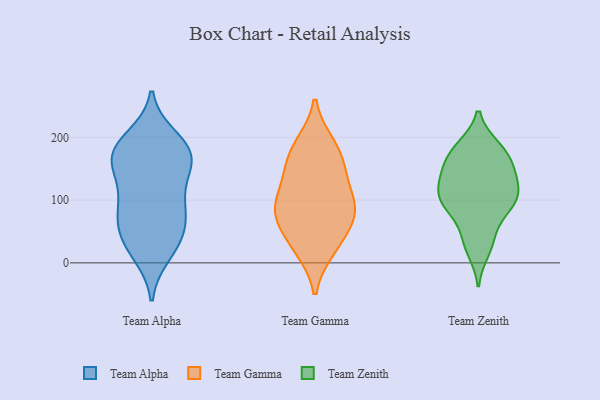
{"axis": {"x": "Customer Acquisition Cost (USD)", "y": "Value"}, "legend": ["Team Alpha", "Team Gamma", "Team Zenith"], "data": [{"x": "", "y": 31, "type": "Team Alpha"}, {"x": "", "y": 49, "type": "Team Alpha"}, {"x": "", "y": 60, "type": "Team Alpha"}, {"x": "", "y": 86, "type": "Team Alpha"}, {"x": "", "y": 180, "type": "Team Alpha"}, {"x": "", "y": 14, "type": "Team Alpha"}, {"x": "", "y": 151, "type": "Team Alpha"}, {"x": "", "y": 174, "type": "Team Alpha"}, {"x": "", "y": 26, "type": "Team Alpha"}, {"x": "", "y": 92, "type": "Team Alpha"}, {"x": "", "y": 74, "type": "Team Alpha"}, {"x": "", "y": 168, "type": "Team Alpha"}, {"x": "", "y": 181, "type": "Team Alpha"}, {"x": "", "y": 138, "type": "Team Alpha"}, {"x": "", "y": 98, "type": "Team Alpha"}, {"x": "", "y": 199, "type": "Team Alpha"}, {"x": "", "y": 147, "type": "Team Alpha"}, {"x": "", "y": 185, "type": "Team Alpha"}, {"x": "", "y": 185, "type": "Team Gamma"}, {"x": "", "y": 144, "type": "Team Gamma"}, {"x": "", "y": 160, "type": "Team Gamma"}, {"x": "", "y": 69, "type": "Team Gamma"}, {"x": "", "y": 24, "type": "Team Gamma"}, {"x": "", "y": 21, "type": "Team Gamma"}, {"x": "", "y": 97, "type": "Team Gamma"}, {"x": "", "y": 90, "type": "Team Gamma"}, {"x": "", "y": 83, "type": "Team Gamma"}, {"x": "", "y": 135, "type": "Team Gamma"}, {"x": "", "y": 189, "type": "Team Gamma"}, {"x": "", "y": 89, "type": "Team Gamma"}, {"x": "", "y": 54, "type": "Team Gamma"}, {"x": "", "y": 182, "type": "Team Zenith"}, {"x": "", "y": 34, "type": "Team Zenith"}, {"x": "", "y": 92, "type": "Team Zenith"}, {"x": "", "y": 184, "type": "Team Zenith"}, {"x": "", "y": 41, "type": "Team Zenith"}, {"x": "", "y": 164, "type": "Team Zenith"}, {"x": "", "y": 161, "type": "Team Zenith"}, {"x": "", "y": 107, "type": "Team Zenith"}, {"x": "", "y": 139, "type": "Team Zenith"}, {"x": "", "y": 20, "type": "Team Zenith"}, {"x": "", "y": 93, "type": "Team Zenith"}, {"x": "", "y": 96, "type": "Team Zenith"}, {"x": "", "y": 104, "type": "Team Zenith"}, {"x": "", "y": 148, "type": "Team Zenith"}, {"x": "", "y": 136, "type": "Team Zenith"}, {"x": "", "y": 112, "type": "Team Zenith"}, {"x": "", "y": 182, "type": "Team Zenith"}, {"x": "", "y": 125, "type": "Team Zenith"}, {"x": "", "y": 81, "type": "Team Zenith"}]}